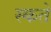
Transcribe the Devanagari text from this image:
स्कते